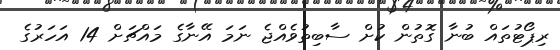
ރިޕޯޓުތައް ބުނާ ގޮތުން ކުށް ސާބިތުވެއްޖެ ނަމަ އޭނާގެ މައްޗަށް 14 އަހަރުގެ